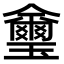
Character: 𤫆